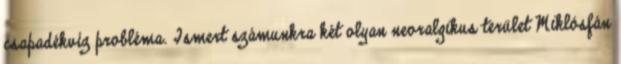
csapadékvíz probléma. Ismert számunkra két olyan neoralgikus terület Miklósfán